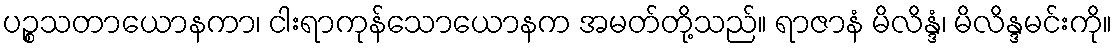
ပဉ္စသတာယောနကာ၊ ငါးရာကုန်သောယောနက အမတ်တို့သည်။ ရာဇာနံ မိလိန္ဒံ၊ မိလိန္ဒမင်းကို။